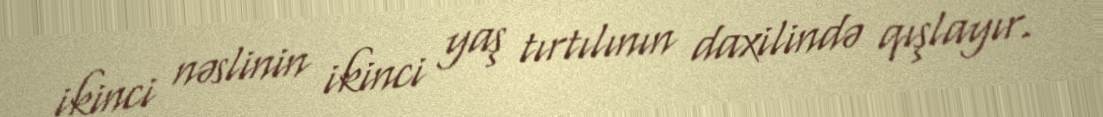
ikinci nəslinin ikinci yaş tırtılının daxilində qışlayır.